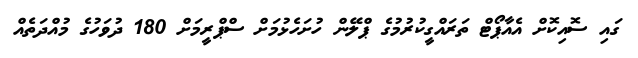
ގައި ސޮއިކޮށް އެއާޕޯޓް ތަރައްގީކުރުމުގެ ޕްލޭން ހުށަހެޅުމަށް ސްޕްރީމަށް 180 ދުވަހުގެ މުއްދަތެއް